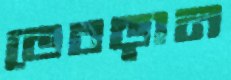
ভেবড়ান